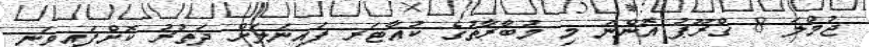
ޖުމްލަ 8 ގްރޫޕު އޮންނަ މި މުބާރާތުގެ ކުއާޓަރ ފައިނަލަށް ދަތުރު ކޮށްފައިވަނީ